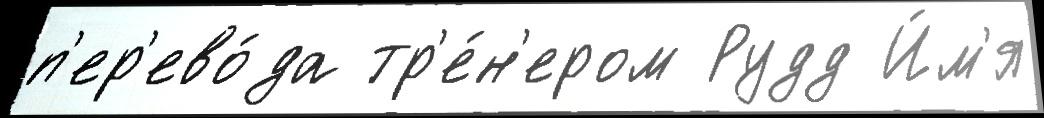
п'ер'ево́да тр'е́н'ером Рудд И́м'я